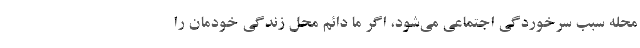
محله سبب سرخوردگی اجتماعی می‌شود، اگر ما دائم محل زندگی خودمان را